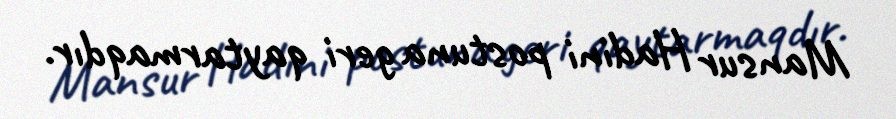
Mansur Hadini postuna geri qaytarmaqdır.